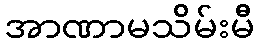
အာဏာမသိမ်းမီ